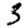
Digit: 3